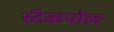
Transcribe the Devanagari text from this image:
स्टॅकपोल